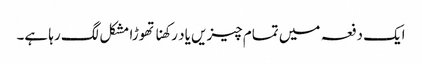
ایک دفعہ میں تمام چیزیں یاد رکھنا تھوڑا مشکل لگ رہا ہے۔